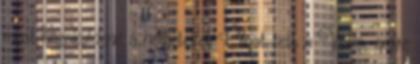
most hazaküldené a németeket Olyat tett a Volvo, amire